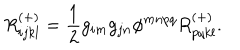
LaTeX: R _ { i j k l } ^ { ( + ) } = \frac { 1 } { 2 } g _ { i m } g _ { j n } \phi ^ { m n p q } R _ { p q k l } ^ { ( + ) } .